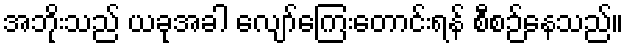
အဘိုးသည် ယခုအခါ လျော်ကြေးတောင်းရန် စီစဉ်နေသည်။